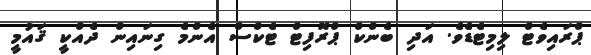
ޕްރައިވެޓް ލިމިޓެޑެވެ. އަދި ބެންކް ޕްރޮފިޓް ޓެކްސް އެންމެ ގިނައިން ދެއްކީ ޤައުމީ